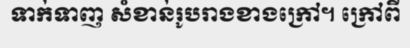
ទាក់ទាញ សំខាន់រូបរាងខាងក្រៅ។ ក្រៅពី